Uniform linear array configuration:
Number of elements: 24
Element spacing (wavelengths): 1
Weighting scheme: uniform
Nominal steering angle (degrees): -60
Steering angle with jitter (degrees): -60.355
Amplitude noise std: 0.05
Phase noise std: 0.05

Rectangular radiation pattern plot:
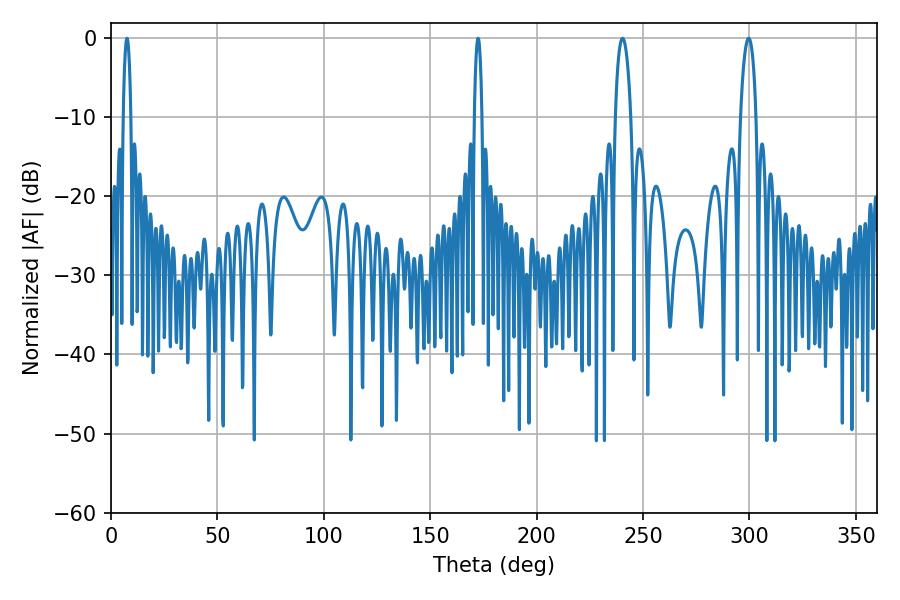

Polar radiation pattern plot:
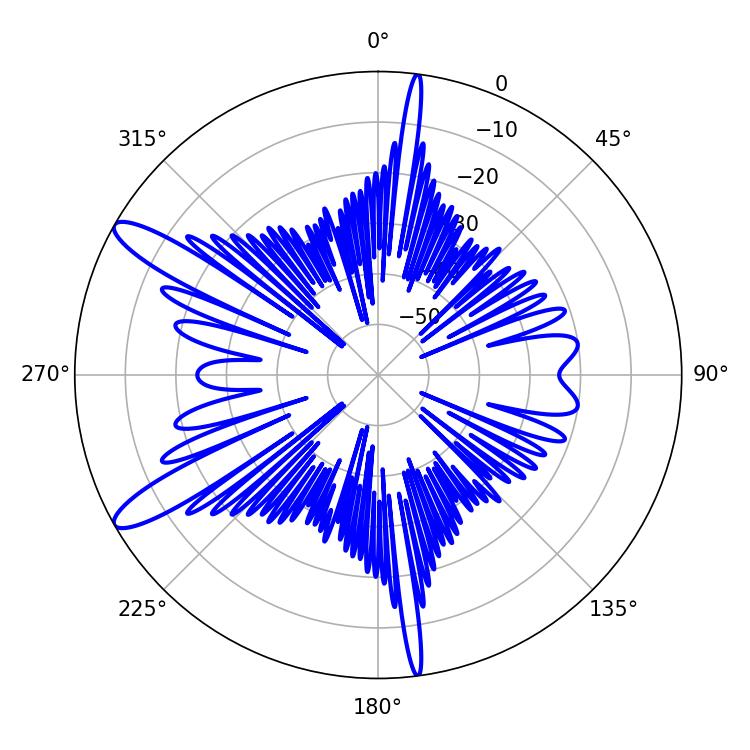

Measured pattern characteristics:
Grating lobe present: TRUE
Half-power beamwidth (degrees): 4.14
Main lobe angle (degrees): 240.3